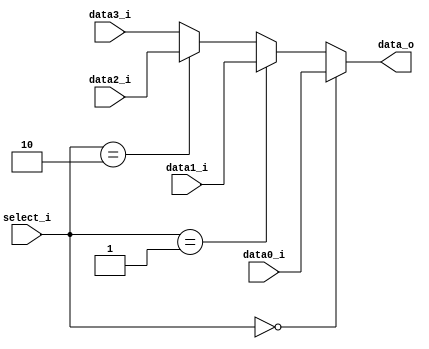
//Writer:      0416021 0416246

module MUX_4to1(
               data0_i,
               data1_i,
					data2_i,
					data3_i,
               select_i,
               data_o
               );		   
			
//I/O ports               
input   				 data0_i;          
input   				 data1_i;
input   				 data2_i;
input   				 data3_i;
input   [2-1:0]    select_i;
output  				 data_o; 

//Internal Signals
reg     				 data_o;

//Main function
always@(*)
begin
	if(select_i == 2'b00) data_o = data0_i;
	else if(select_i == 2'b01) data_o = data1_i;
	else if(select_i == 2'b10) data_o = data2_i;
	else data_o = data3_i;
end

endmodule